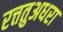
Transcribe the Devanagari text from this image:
रत्ततुअधरा